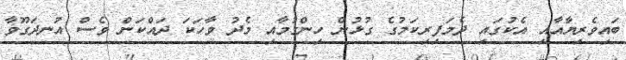
ބައިވެރިޔާއާއި އެކުގައި ދެމަފިރިކަމުގެ ގުޅުން ހިންގުމާއި މެދު ވާހަކަ ދައްކަން ވެސް އުނދަގޫވާ